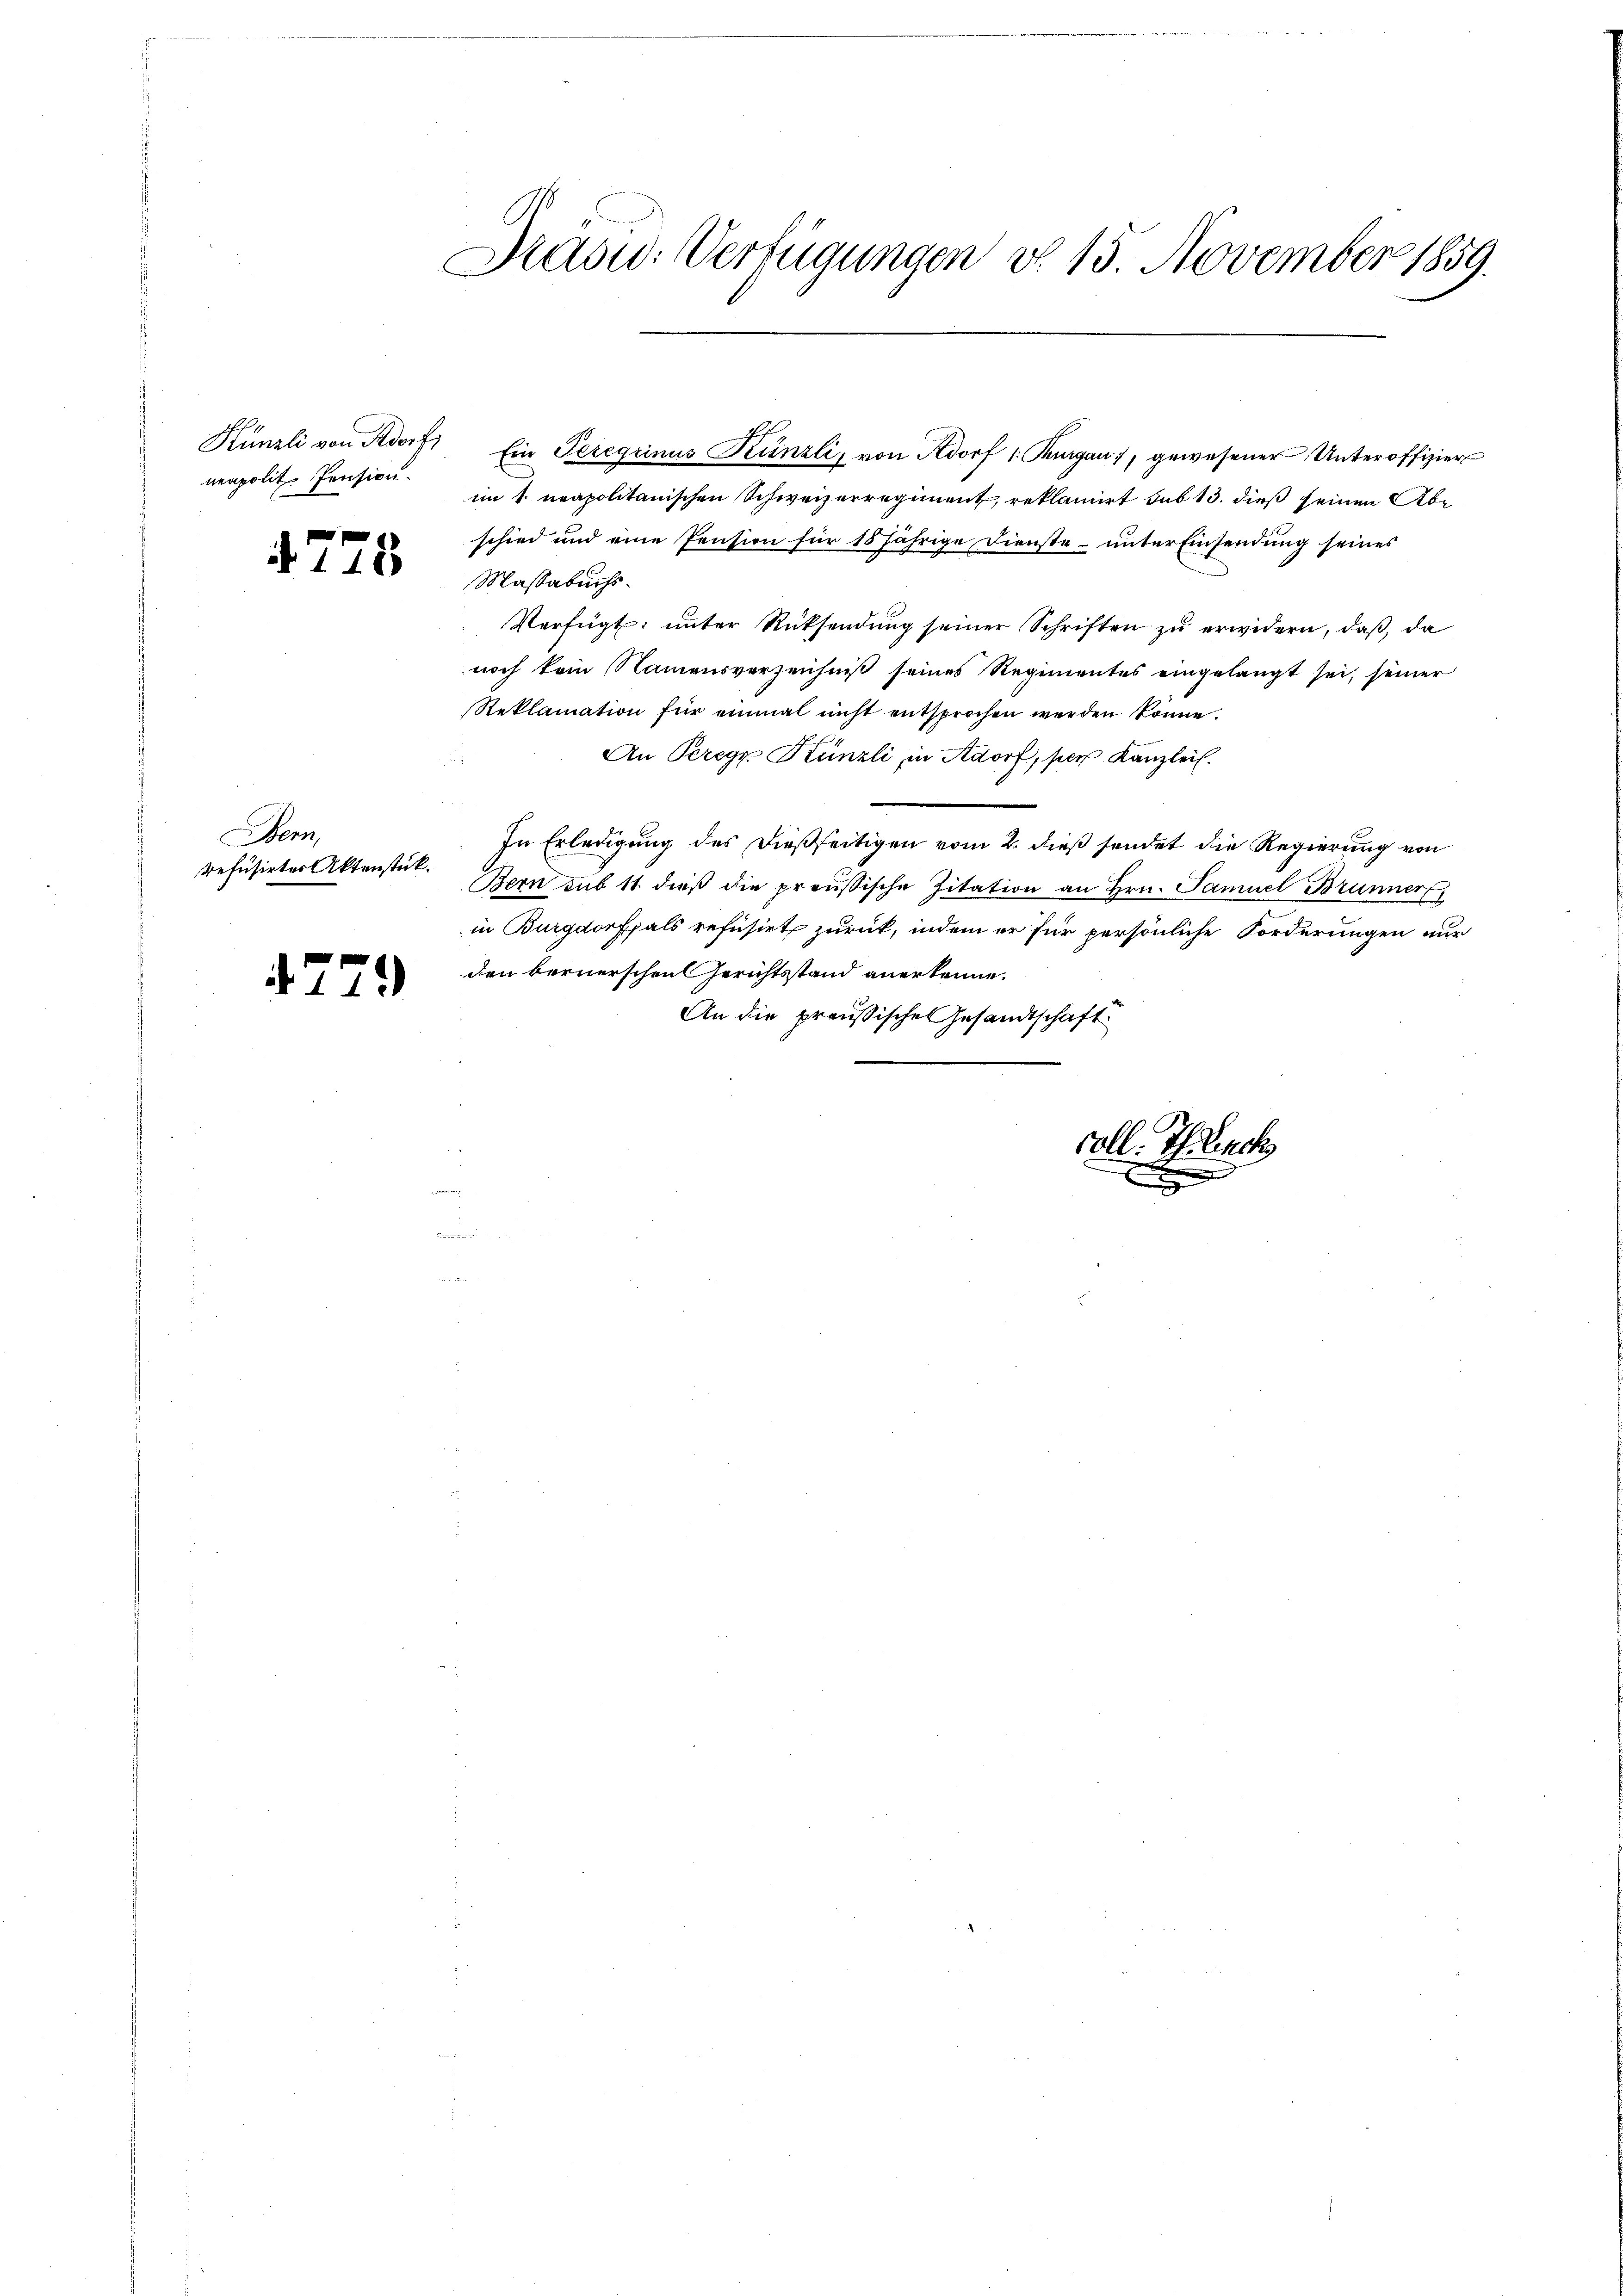
Hünzli von Aadorf,
nenpolit. Pension.

4778

Sen
refusirtes Aktenstück.

4.7.

79)

Kasw: Verfügungen do. 15. November 1859.

Ein Teregrinus Künzli, von Adorf 1. Thurgau, gewesener Unteroffizier
im 1. neapolitanischen Schweizerregiment, reklamirt sub 13. dieß seinen Abschied und eine Pension für 15 jährige Dienste- unter Einsendung seines
Massabuchs.
Verfügt, unter Rücksendung seiner Schriften zu erwidern, daß, da
noch kein Namensverzeichniß seines Regimentes eingelangt sei, seiner
Reklamation für einmal nicht entsprochen werden könne.
An Peregr. Künzli in Adorf, per Kanzlei.
In Erledigung des dießseitigen vom 2. dieß sendet die Regierung von
Bern sub 11. dieß die preußische Zitation an Hrn. Samuel Brunner
in Burgdorf als refusirt zurück, indem er für persönliche Forderungen nur
den bernerschen Gerichtsstand anerkenne.
An die preußische Gesandtschaft

coll. Ich such
e
E